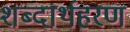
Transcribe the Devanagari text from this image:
शब्दार्थहरण